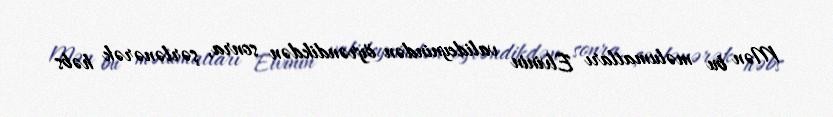
Mən bu məlumatları Elvinin valideynindən öyrəndikdən sonra, şərlənərək həbs